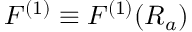
F ^ { ( 1 ) } \equiv F ^ { ( 1 ) } ( R _ { a } )